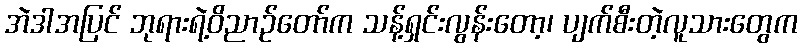
အဲဒါအပြင် ဘုရားရဲ့ဝိညာဉ်တော်က သန့်ရှင်းလွန်းတော့၊ ပျက်စီးတဲ့လူသားတွေက